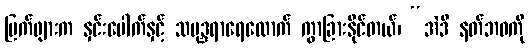
မြက်ဖျားက နှင်းပေါက်နှင့် သမုဒ္ဒရာရေလောက် ကွာခြားနိုင်တယ်၊ “အဲဒီ နတ်ဘဝကို